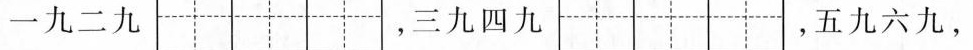
一九二九 ，三九四九 ，五九六九，